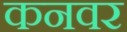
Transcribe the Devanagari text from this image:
कनवर